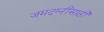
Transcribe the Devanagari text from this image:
जमदग्नींसाठी